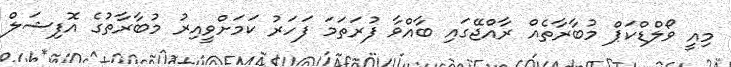
މިއީ ވޯލްޑްކަޕް މުބާރާތެއް ރާއްޖޭގައި ބާއްވާ ފުރަތަމަ ފަހަރު ކަމަށްވީއިރު މުބާރާތުގެ އޮފިޝަލް